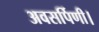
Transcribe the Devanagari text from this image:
अवसर्पिणी।